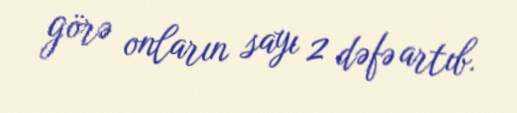
görə onların sayı 2 dəfə artıb.